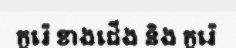
កូរ៉េ ខាងជើង និង កូរ៉េ